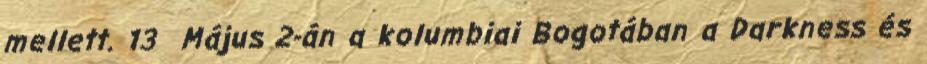
mellett. 13 Május 2-án a kolumbiai Bogotában a Darkness és